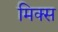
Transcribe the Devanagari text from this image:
मिक्‍स